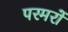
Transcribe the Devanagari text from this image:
परमरों